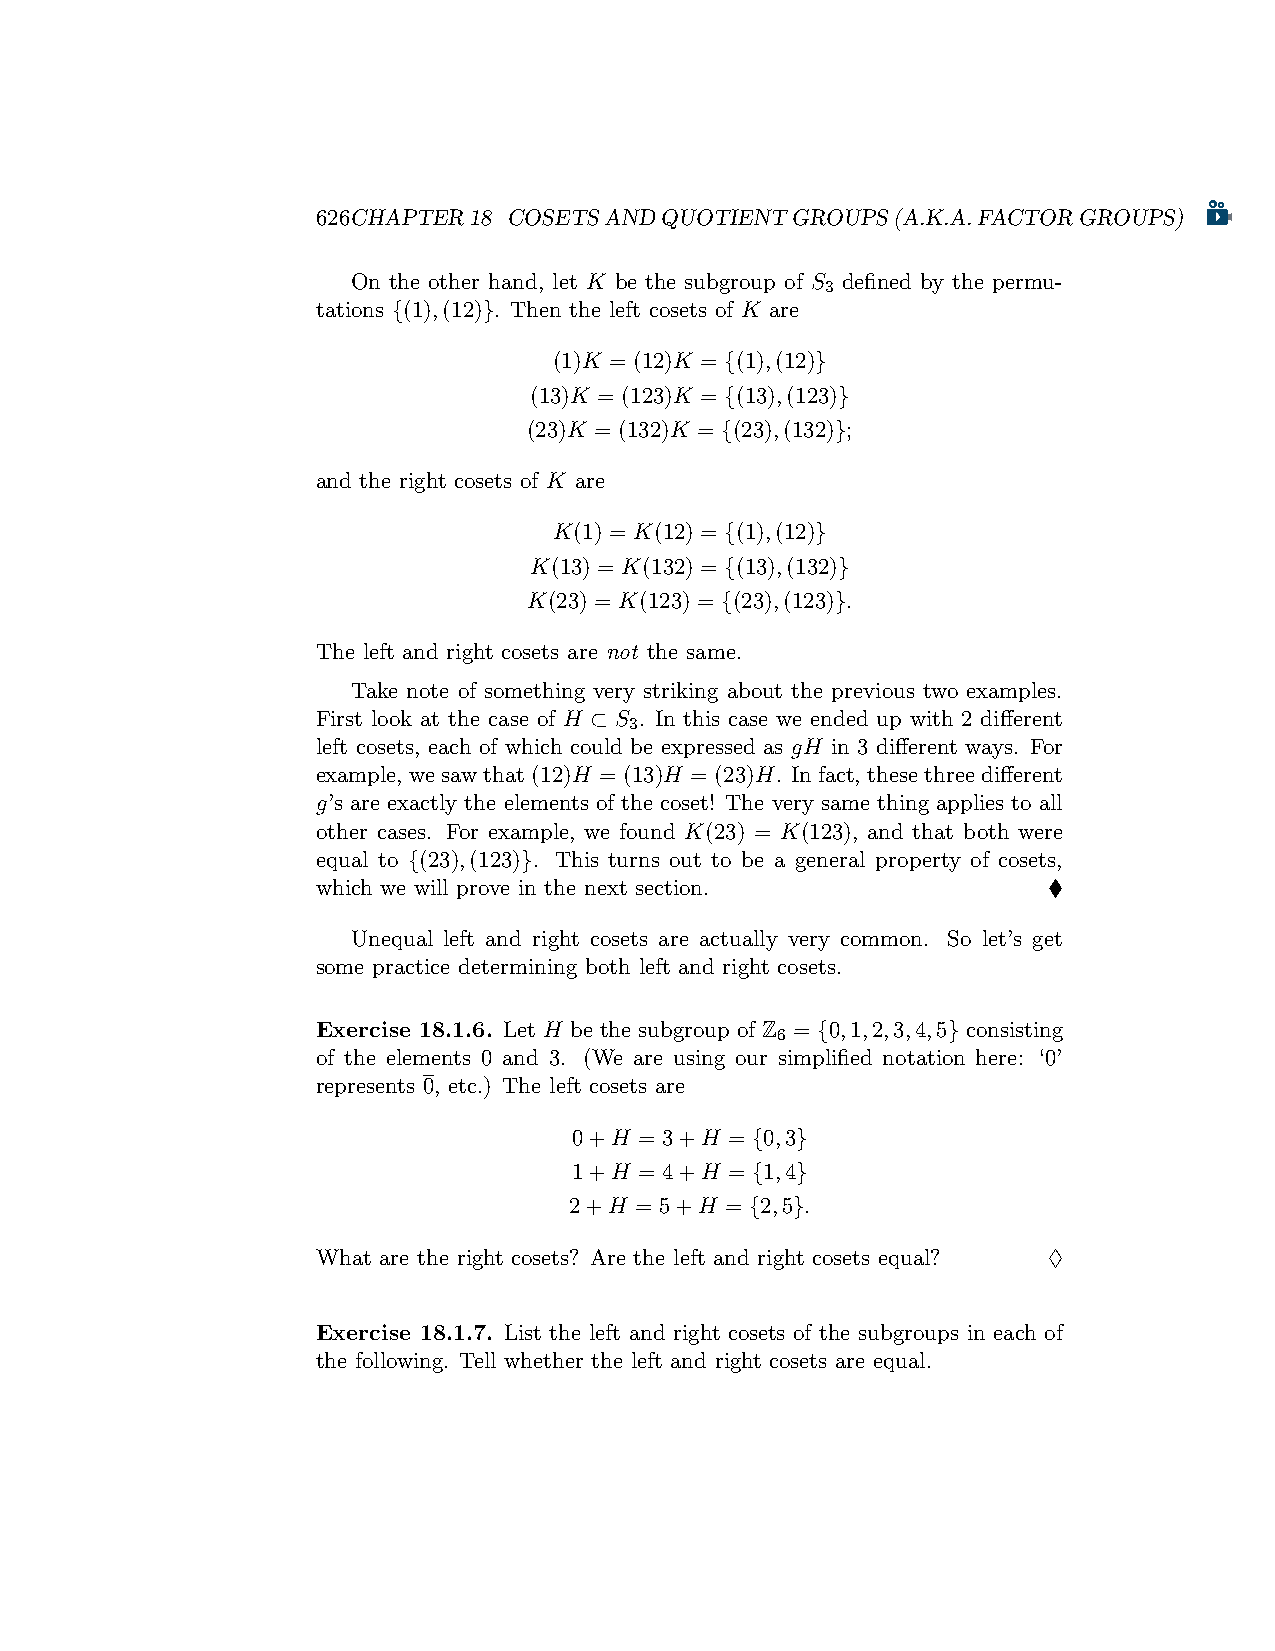
626CHAPTER18 COSETSANDQUOTIENTGROUPS(A.K.A.FACTORGROUPS)
 On the other hand, let K be the subgroup of S defined by the permu-
 3
 tations {(1),(12)}. Then the left cosets of K are
 (1)K = (12)K = {(1),(12)}
 (13)K = (123)K = {(13),(123)}
 (23)K = (132)K = {(23),(132)};
 and the right cosets of K are
 K(1) = K(12) = {(1),(12)}
 K(13) = K(132) = {(13),(132)}
 K(23) = K(123) = {(23),(123)}.
 The left and right cosets are not the same.
 Take note of something very striking about the previous two examples.
 First look at the case of H ⊂ S . In this case we ended up with 2 different
 3
 left cosets, each of which could be expressed as gH in 3 different ways. For
 example, wesawthat(12)H = (13)H = (23)H. Infact, thesethreedifferent
 g’s are exactly the elements of the coset! The very same thing applies to all
 other cases. For example, we found K(23) = K(123), and that both were
 equal to {(23),(123)}. This turns out to be a general property of cosets,
 which we will prove in the next section.        ♦
 Unequal left and right cosets are actually very common. So let’s get
 some practice determining both left and right cosets.
 Exercise 18.1.6. Let H be the subgroup of Z = {0,1,2,3,4,5} consisting
 6
 of the elements 0 and 3. (We are using our simplified notation here: ‘0’
 represents 0, etc.) The left cosets are
 0+H = 3+H = {0,3}
 1+H = 4+H = {1,4}
 2+H = 5+H = {2,5}.
 What are the right cosets? Are the left and right cosets equal? ♢
 Exercise 18.1.7. List the left and right cosets of the subgroups in each of
 the following. Tell whether the left and right cosets are equal.